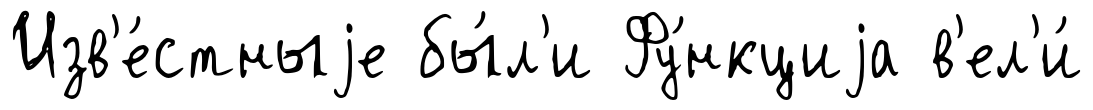
Изв'е́стныjе бы́л'и Фу́нкциjа в'ел'и́